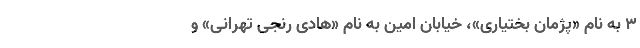
۳ به نام «پژمان بختیاری»، خیابان امین به نام «هادی رنجی تهرانی» و